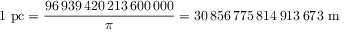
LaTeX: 1 { \mathrm { ~ p c } } = { \frac { 9 6 \, 9 3 9 \, 4 2 0 \, 2 1 3 \, 6 0 0 \, 0 0 0 } { \pi } } = 3 0 \, 8 5 6 \, 7 7 5 \, 8 1 4 \, 9 1 3 \, 6 7 3 { \mathrm { ~ m } }